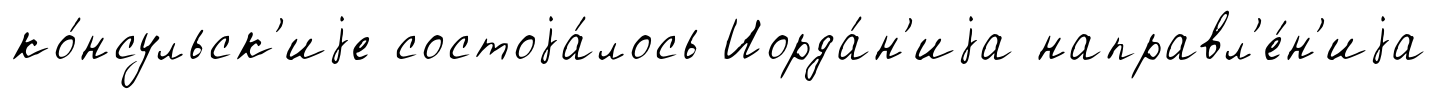
ко́нсульск'иjе состоjа́лось Иорда́н'иjа направл'е́н'иjа